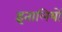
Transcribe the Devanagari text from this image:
इतालियों